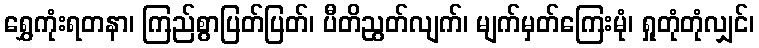
ရွှေကုံးရတနာ၊ ကြည်စွာပြတ်ပြတ်၊ ပီတိညွတ်လျက်၊ မျက်မှတ်ကြေးမုံ၊ ရှုတုံတုံလျှင်၊